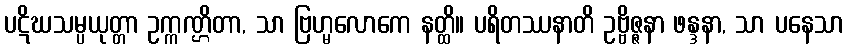
ပဋိဃသမ္ပယုတ္တာ ဥက္ကဏ္ဌိတာ, သာ ဗြဟ္မလောကေ နတ္ထိ။ ပရိတဿနာတိ ဥဗ္ဗိဇ္ဇနာ ဖန္ဒနာ, သာ ပနေသာ